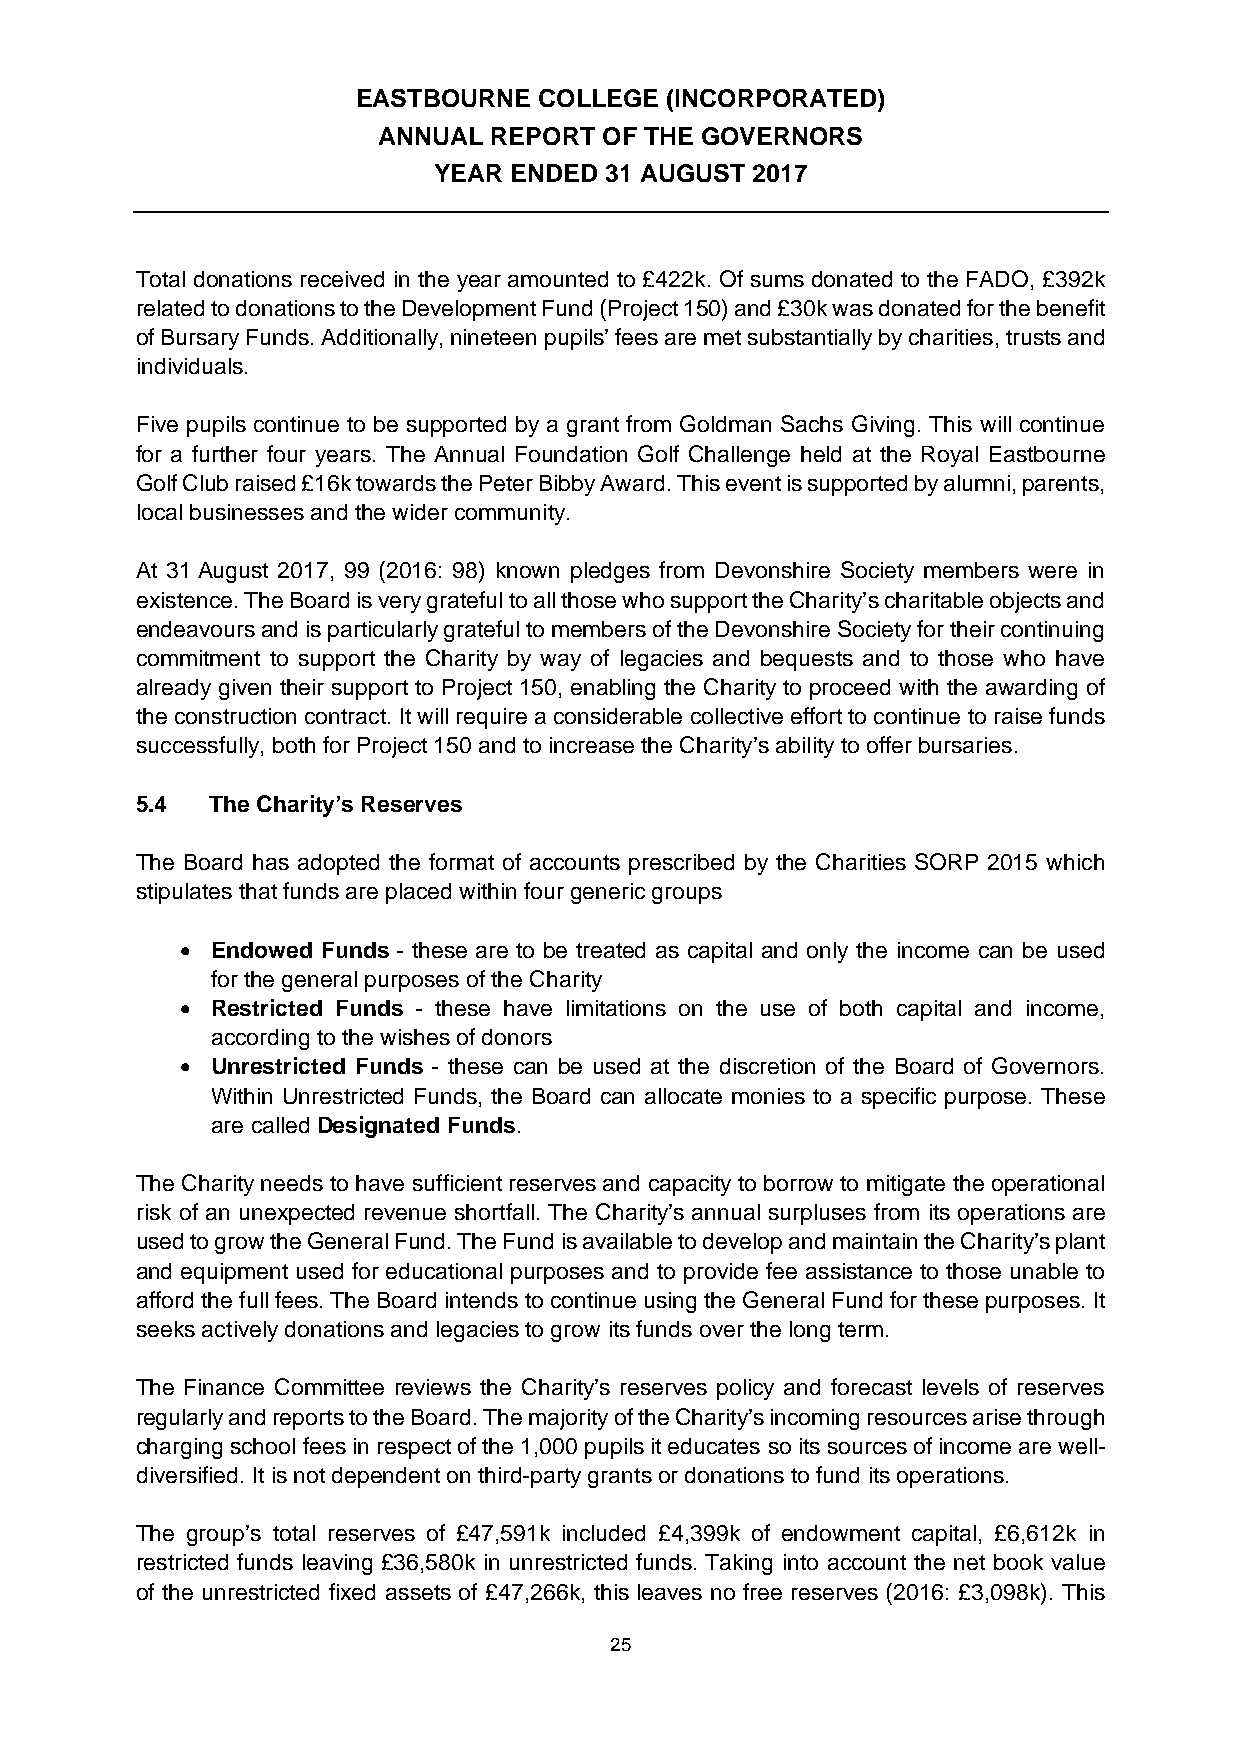
EASTBOURNE  COLLEGE (INCORPORATED)
 ANNUAL REPORT  OF THE GOVERNORS
 YEAR ENDED 31 AUGUST 2017
 Total donations received in the year amounted to £422k. Of sums donated to the FADO, £392k
 related to donations to the Development Fund (Project 150) and £30k was donated for the benefit
 of Bursary Funds. Additionally, nineteen pupils’ fees are met substantially by charities, trusts and
 individuals.
 Five pupils continue to be supported by a grant from Goldman Sachs Giving. This will continue
 for a further four years. The Annual Foundation Golf Challenge held at the Royal Eastbourne
 Golf Club raised £16k towards the Peter Bibby Award. This event is supported by alumni, parents,
 local businesses and the wider community.
 At 31 August 2017, 99 (2016: 98) known pledges from Devonshire Society members were in
 existence. The Board is very grateful to all those who support the Charity’s charitable objects and
 endeavours and is particularly grateful to members of the Devonshire Society for their continuing
 commitment to support the Charity by way of legacies and bequests and to those who have
 already given their support to Project 150, enabling the Charity to proceed with the awarding of
 the construction contract. It will require a considerable collective effort to continue to raise funds
 successfully, both for Project 150 and to increase the Charity’s ability to offer bursaries.
 5.4  The Charity’s Reserves
 The Board has adopted the format of accounts prescribed by the Charities SORP 2015 which
 stipulates that funds are placed within four generic groups
  Endowed Funds - these are to be treated as capital and only the income can be used
 for the general purposes of the Charity
  Restricted Funds - these have limitations on the use of both capital and income,
 according to the wishes of donors
  Unrestricted Funds - these can be used at the discretion of the Board of Governors.
 Within Unrestricted Funds, the Board can allocate monies to a specific purpose. These
 are called Designated Funds.
 The Charity needs to have sufficient reserves and capacity to borrow to mitigate the operational
 risk of an unexpected revenue shortfall. The Charity’s annual surpluses from its operations are
 used to grow the General Fund. The Fund is available to develop and maintain the Charity’s plant
 and equipment used for educational purposes and to provide fee assistance to those unable to
 afford the full fees. The Board intends to continue using the General Fund for these purposes. It
 seeks actively donations and legacies to grow its funds over the long term.
 The Finance Committee reviews the Charity’s reserves policy and forecast levels of reserves
 regularly and reports to the Board. The majority of the Charity’s incoming resources arise through
 charging school fees in respect of the 1,000 pupils it educates so its sources of income are well-
 diversified. It is not dependent on third-party grants or donations to fund its operations.
 The group’s total reserves of £47,591k included £4,399k of endowment capital, £6,612k in
 restricted funds leaving £36,580k in unrestricted funds. Taking into account the net book value
 of the unrestricted fixed assets of £47,266k, this leaves no free reserves (2016: £3,098k). This
 25